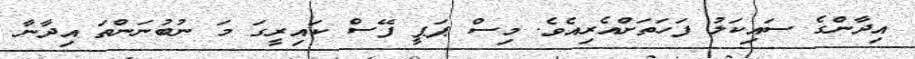
އިދާންގެ ސައިކަލު ފަހަތަށްއެރިއެވެ. މިސް ޕަޕީ ފޭސް ކައިރީގަ މަ ނުބުނަންތަ އިދާނާ